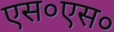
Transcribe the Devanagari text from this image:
एस०एस०